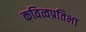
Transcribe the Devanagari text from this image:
कवित्वप्रतिभा